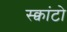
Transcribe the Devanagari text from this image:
स्क्वांटो